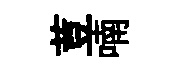
荳喃